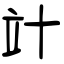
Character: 竍